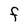
Character: F